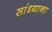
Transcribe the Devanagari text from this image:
सांध्याना